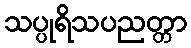
သပ္ပုရိသပညတ္တာ